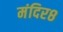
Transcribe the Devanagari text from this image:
मंदिर८